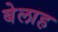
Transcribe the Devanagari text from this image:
बेलाह